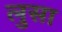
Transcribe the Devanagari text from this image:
लुसा